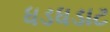
ધડધડાટ